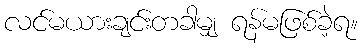
လင်မယားချင်းတခါမျှ ရန်မဖြစ်ခဲ့ရ။